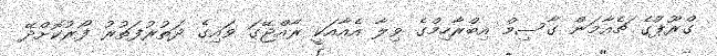
ގްރޫޕްގެ ޗެއާމަން ގާސިމް އިބްރާހިމްގެ ވިލާ އެއާއަކީ ރާއްޖޭގަ ވައިގެ ދަތުރުފަތުރު ފޯރުކޮށްދޭ